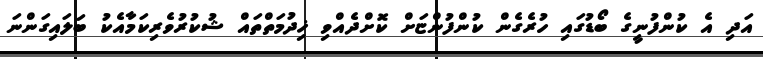
އަދި އެ ކުންފުނީގެ ބޯޑުގައި ހުރެގެން ކުންފުންޏަށް ކޮށްދެއްވި ޚިދުމަތްތައް ޝުކުރުވެރިކަމާއެކު ބަލައިގަންނަ